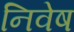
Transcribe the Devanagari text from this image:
निवेष